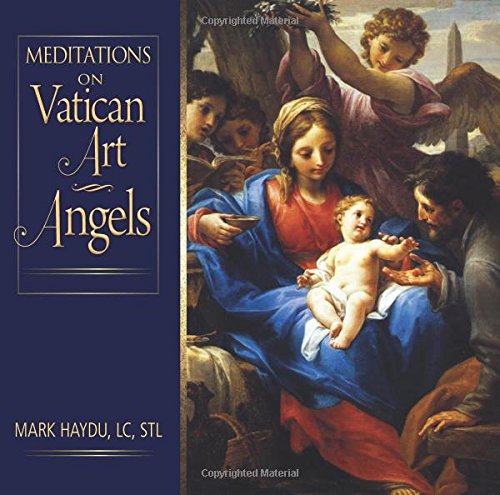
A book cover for Meditations on Vatican Art Angels; Mark Haydu; Religion & Spirituality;